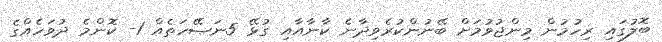
ބޮލުގައި ރިހުމުން މިންޖުވުމަށް ބޭނުންކުރެވިދާނެ ކާނާއާއި ގުޅޭ 5ނަޞޭހަތެއް 1- ކޮންމެ ދުވަހެއްގެ